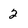
Character: 2